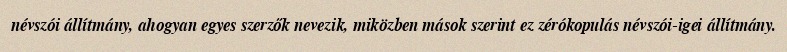
névszói állítmány, ahogyan egyes szerzők nevezik, miközben mások szerint ez zérókopulás névszói-igei állítmány.